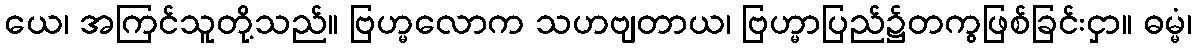
ယေ၊ အကြင်သူတို့သည်။ ဗြဟ္မလောက သဟဗျတာယ၊ ဗြဟ္မာပြည်၌တကွဖြစ်ခြင်းငှာ။ ဓမ္မံ၊